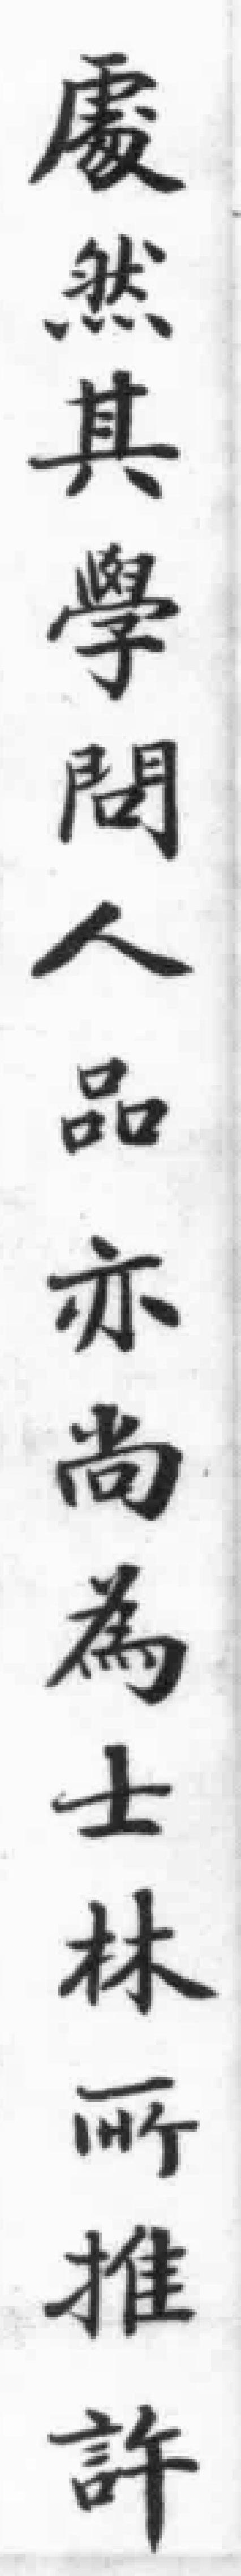
慶然其學問人品亦尚為士林所推許